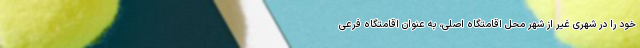
خود را در شهری غیر از شهر محل اقامتگاه اصلی، به عنوان اقامتگاه فرعی